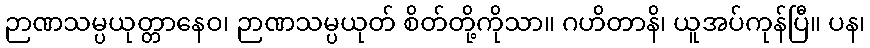
ဉာဏသမ္ပယုတ္တာနေဝ၊ ဉာဏသမ္ပယုတ် စိတ်တို့ကိုသာ။ ဂဟိတာနိ၊ ယူအပ်ကုန်ပြီ။ ပန၊